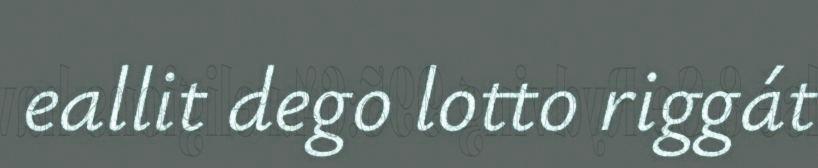
eallit dego lotto riggát